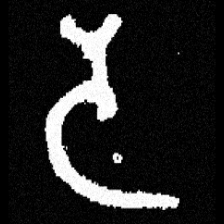
Pyu character \u2014 Myanmar letter: ဒ (romanized: da)